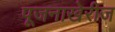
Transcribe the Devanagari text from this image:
पूजनाखेरीज